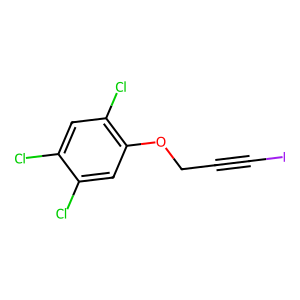
SMILES: Clc1cc(Cl)c(OCC#CI)cc1Cl
Inhibits HIV replication: No